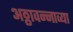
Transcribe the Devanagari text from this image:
अठ्ठावन्नाव्या